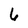
Character: 6